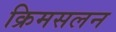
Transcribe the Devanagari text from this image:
क्रिमसलन